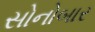
સોનોબાર